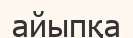
айыпқа